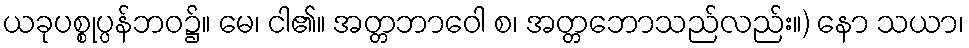
ယခုပစ္စုပ္ပန်ဘဝ၌။ မေ၊ ငါ၏။ အတ္တဘာဝေါ စ၊ အတ္တဘောသည်လည်း။) နော သယာ၊